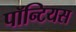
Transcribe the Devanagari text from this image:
पॉन्टियस